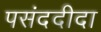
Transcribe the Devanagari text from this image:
पसंददीदा